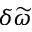
\delta \widetilde { \omega }